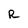
Character: R